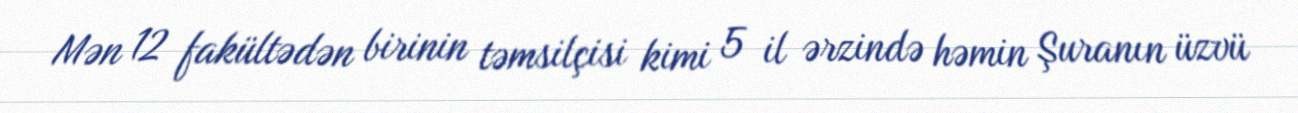
Mən 12 fakültədən birinin təmsilçisi kimi 5 il ərzində həmin Şuranın üzvü